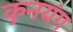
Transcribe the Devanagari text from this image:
कुनयंग